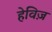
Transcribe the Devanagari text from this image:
हेविज़